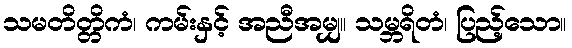
သမတိတ္တိကံ၊ ကမ်းနှင့် အညီအမျှ။ သမ္ဘရိတံ၊ ပြည့်သော။